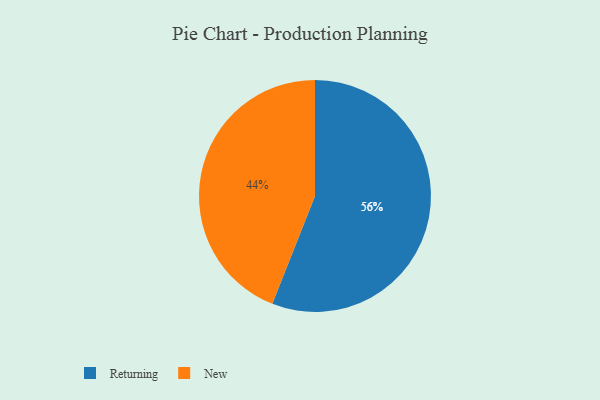
{"axis": {"x": "Category", "y": "Percentage"}, "legend": ["New", "Returning"], "data": [{"x": "New", "y": 44, "type": "New"}, {"x": "Returning", "y": 56, "type": "Returning"}]}